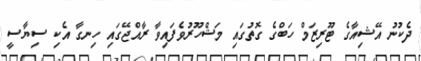
ދެކުނު އޭޝިއާގެ ޓޫރިޒަމް ހަބްގެ ގޮތުގައި މަޝްހޫރުވެފައިވާ ރާއްޖޭގައި ހިނގާ އެކި ސިޔާސީ